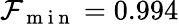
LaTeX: \mathcal{F}_{\mathrm{~m~i~n~}}=0.994